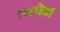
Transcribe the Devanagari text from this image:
१०४डिग्री